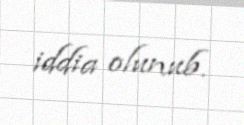
iddia olunub.